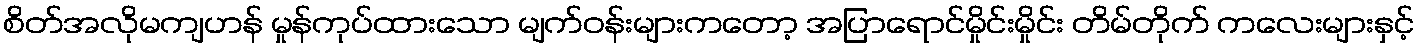
စိတ်အလိုမကျဟန် မှုန်ကုပ်ထားသော မျက်ဝန်းများကတော့ အပြာရောင်မှိုင်းမှိုင်း တိမ်တိုက် ကလေးများနှင့်